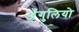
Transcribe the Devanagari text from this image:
अँगुलियो